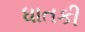
ધાતકી